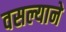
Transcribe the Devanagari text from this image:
वसल्याने